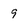
Character: 9